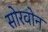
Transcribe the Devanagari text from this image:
सोरवोन